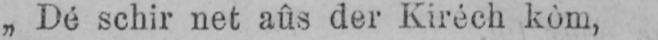
„Dé schir net aûs der Kiréch kòm,